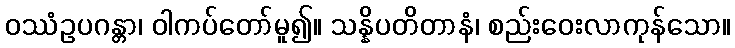
ဝဿံဥပဂန္တာ၊ ဝါကပ်တော်မူ၍။ သန္နိပတိတာနံ၊ စည်းဝေးလာကုန်သော။